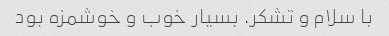
با سلام و تشکر. بسیار خوب و خوشمزه بود